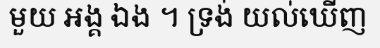
មួយ អង្គ ឯង ។ ទ្រង់ យល់ឃើញ